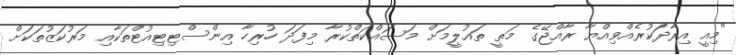
"މިއީ އިރާދަކުރެއްވިއްޔާ ރާއްޖޭގެ މަތީ ތައުލީމަށް މަސައްކަތްކުރާ މިފަދަ ހުރިހާ އިންސްޓިޓިއުޓްތަކާއި މަރުކަޒުތަކަށް